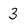
Character: 3